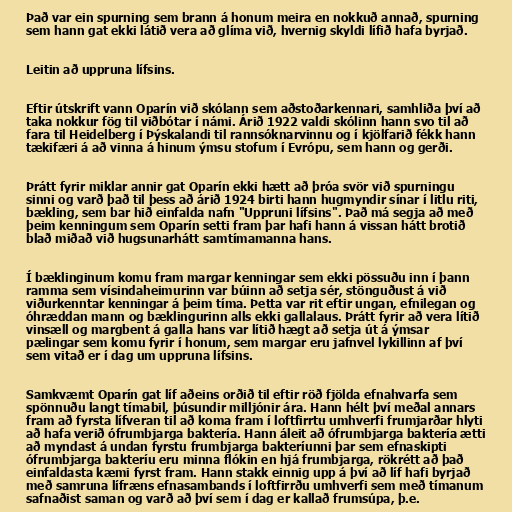
Það var ein spurning sem brann á honum meira en nokkuð annað, spurning
sem hann gat ekki látið vera að glíma við, hvernig skyldi lífið hafa byrjað.

Leitin að uppruna lífsins.

Eftir útskrift vann Oparín við skólann sem aðstoðarkennari, samhliða því að
taka nokkur fög til viðbótar í námi. Árið 1922 valdi skólinn hann svo til að
fara til Heidelberg í Þýskalandi til rannsóknarvinnu og í kjölfarið fékk hann
tækifæri á að vinna á hinum ýmsu stofum í Evrópu, sem hann og gerði.

Þrátt fyrir miklar annir gat Oparín ekki hætt að þróa svör við spurningu
sinni og varð það til þess að árið 1924 birti hann hugmyndir sínar í litlu riti,
bækling, sem bar hið einfalda nafn "Uppruni lífsins". Það má segja að með
þeim kenningum sem Oparín setti fram þar hafi hann á vissan hátt brotið
blað miðað við hugsunarhátt samtímamanna hans.

Í bæklinginum komu fram margar kenningar sem ekki pössuðu inn í þann
ramma sem vísindaheimurinn var búinn að setja sér, stönguðust á við
viðurkenntar kenningar á þeim tíma. Þetta var rit eftir ungan, efnilegan og
óhræddan mann og bæklingurinn alls ekki gallalaus. Þrátt fyrir að vera lítið
vinsæll og margbent á galla hans var lítið hægt að setja út á ýmsar
pælingar sem komu fyrir í honum, sem margar eru jafnvel lykillinn af því
sem vitað er í dag um uppruna lífsins.

Samkvæmt Oparín gat líf aðeins orðið til eftir röð fjölda efnahvarfa sem
spönnuðu langt tímabil, þúsundir milljónir ára. Hann hélt því meðal annars
fram að fyrsta lífveran til að koma fram í loftfirrtu umhverfi frumjarðar hlyti
að hafa verið ófrumbjarga baktería. Hann áleit að ófrumbjarga baktería ætti
að myndast á undan fyrstu frumbjarga bakteríunni þar sem efnaskipti
ófrumbjarga bakteríu eru minna flókin en hjá frumbjarga, rökrétt að það
einfaldasta kæmi fyrst fram. Hann stakk einnig upp á því að líf hafi byrjað
með samruna lífræns efnasambands í loftfirrðu umhverfi sem með tímanum
safnaðist saman og varð að því sem í dag er kallað frumsúpa, þ.e.